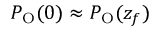
P _ { \mathrm { O } } ( 0 ) \approx P _ { \mathrm { O } } ( z _ { f } )